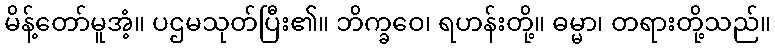
မိန့်တော်မူအံ့။ ပဌမသုတ်ပြီး၏။ ဘိက္ခဝေ၊ ရဟန်းတို့။ ဓမ္မာ၊ တရားတို့သည်။